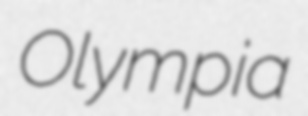
Olympia